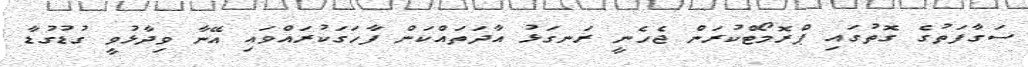
ސަގާފަތުގެ ގޮތުގައި ޕްރޮމޯޓްކުރަން ޖެހެނީ ރަނގަޅު އާދަތައްކަން ފާހަގަކުރައްވައި އޭނާ ވިދާޅުވީ ގުޑުގުޑާ